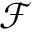
\mathcal { F }